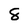
Character: 8